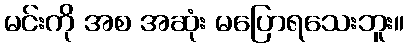
မင်းကို အစ အဆုံး မပြောရသေးဘူး။